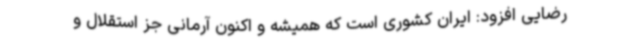
رضایی افزود: ایران کشوری است که همیشه و اکنون آرمانی جز استقلال و